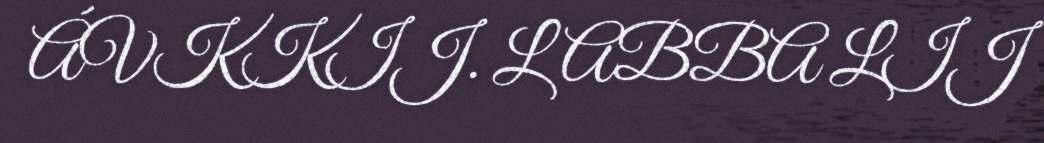
ÁVKKIJ. LABBA LIJ